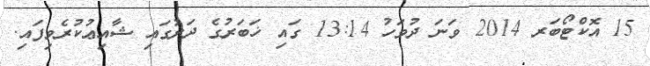
15 އޮކްޓޯބަރ 2014 ވަނަ ދުވަހު 13:14 ގައި ޚަބަރުގެ ދަށުގައި ޝާއިޢުކުރެވިފައި.